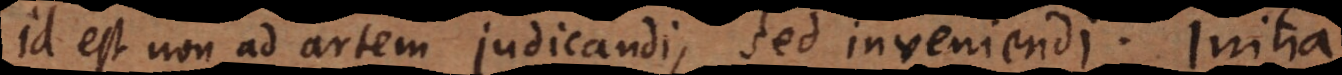
id est non ad artem judicandi, sed inveniendi. Initia